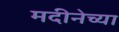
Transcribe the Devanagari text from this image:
मदीनेच्या